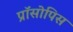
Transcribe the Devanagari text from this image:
प्रॉसोपिस